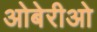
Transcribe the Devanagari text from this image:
ओबेरीओ